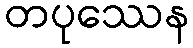
တပုဿေန